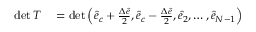
\begin{array} { r l } { \operatorname* { d e t } T } & { { } = \operatorname* { d e t } \Big ( \hat { e } _ { c } + \frac { \Delta \hat { e } } { 2 } , \hat { e } _ { c } - \frac { \Delta \hat { e } } { 2 } , \hat { e } _ { 2 } , \dots , \hat { e } _ { N - 1 } \Big ) } \end{array}